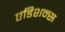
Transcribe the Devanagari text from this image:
एडिशन्स